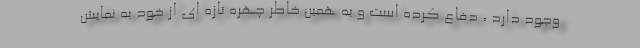
وجود دارد ، دفاع كرده است و به همين خاطر چهره تازه اي از خود به نمايش